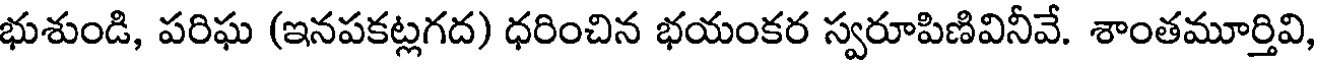
భుశుండి, పరిఘ (ఇనపకట్లగద) ధరించిన భయంకర స్వరూపిణివినీవే. శాంతమూర్తివి,